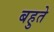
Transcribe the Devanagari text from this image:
बहुते